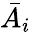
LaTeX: \bar{A_{i}}